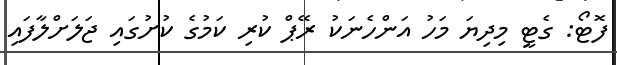
ފޮޓޯ: ގެޓީ މިދިޔަ މަހު އަންހެނަކު ރޭޕް ކުރި ކަމުގެ ކުށުގައި ޖަލަށްލާފައި